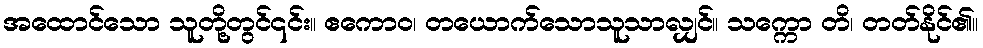
အထောင်သော သူတို့တွင်၎င်း။ ဧကောဝ၊ တယောက်သောသူသာလျှင်။ သက္ကော တိ၊ တတ်နိုင်၏။